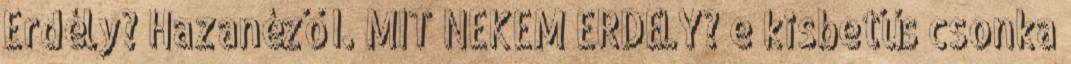
Erdély? Hazanéző I. MIT NEKEM ERDÉLY? e kisbetűs csonka